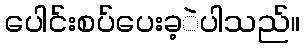
ပေါင်းစပ်ပေးခ့ဲပါသည်။